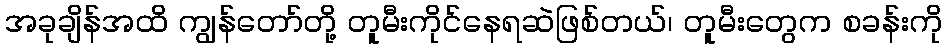
အခုချိန်အထိ ကျွန်တော်တို့ တူမီးကိုင်နေရဆဲဖြစ်တယ်၊ တူမီးတွေက စခန်းကို